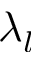
\lambda _ { l }